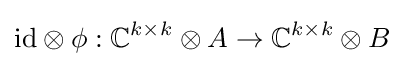
{\textrm {id}}\otimes \phi :\mathbb {C} ^{k\times k}\otimes A\to \mathbb {C} ^{k\times k}\otimes B